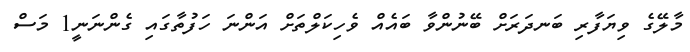
މާލޭގެ ވިޔަފާރި ބަނދަރަށް ބޭނުންވާ ބައެއް ވެހިކަލްތަށް އަންނަ ހަފުތާގައި ގެންނަނީ1 މަސް